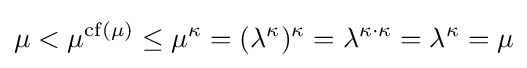
\mu <\mu ^{\operatorname {cf} (\mu )}\leq \mu ^{\kappa }=(\lambda ^{\kappa })^{\kappa }=\lambda ^{\kappa \cdot \kappa }=\lambda ^{\kappa }=\mu